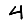
Digit: 4